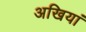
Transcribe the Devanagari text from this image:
अखियां